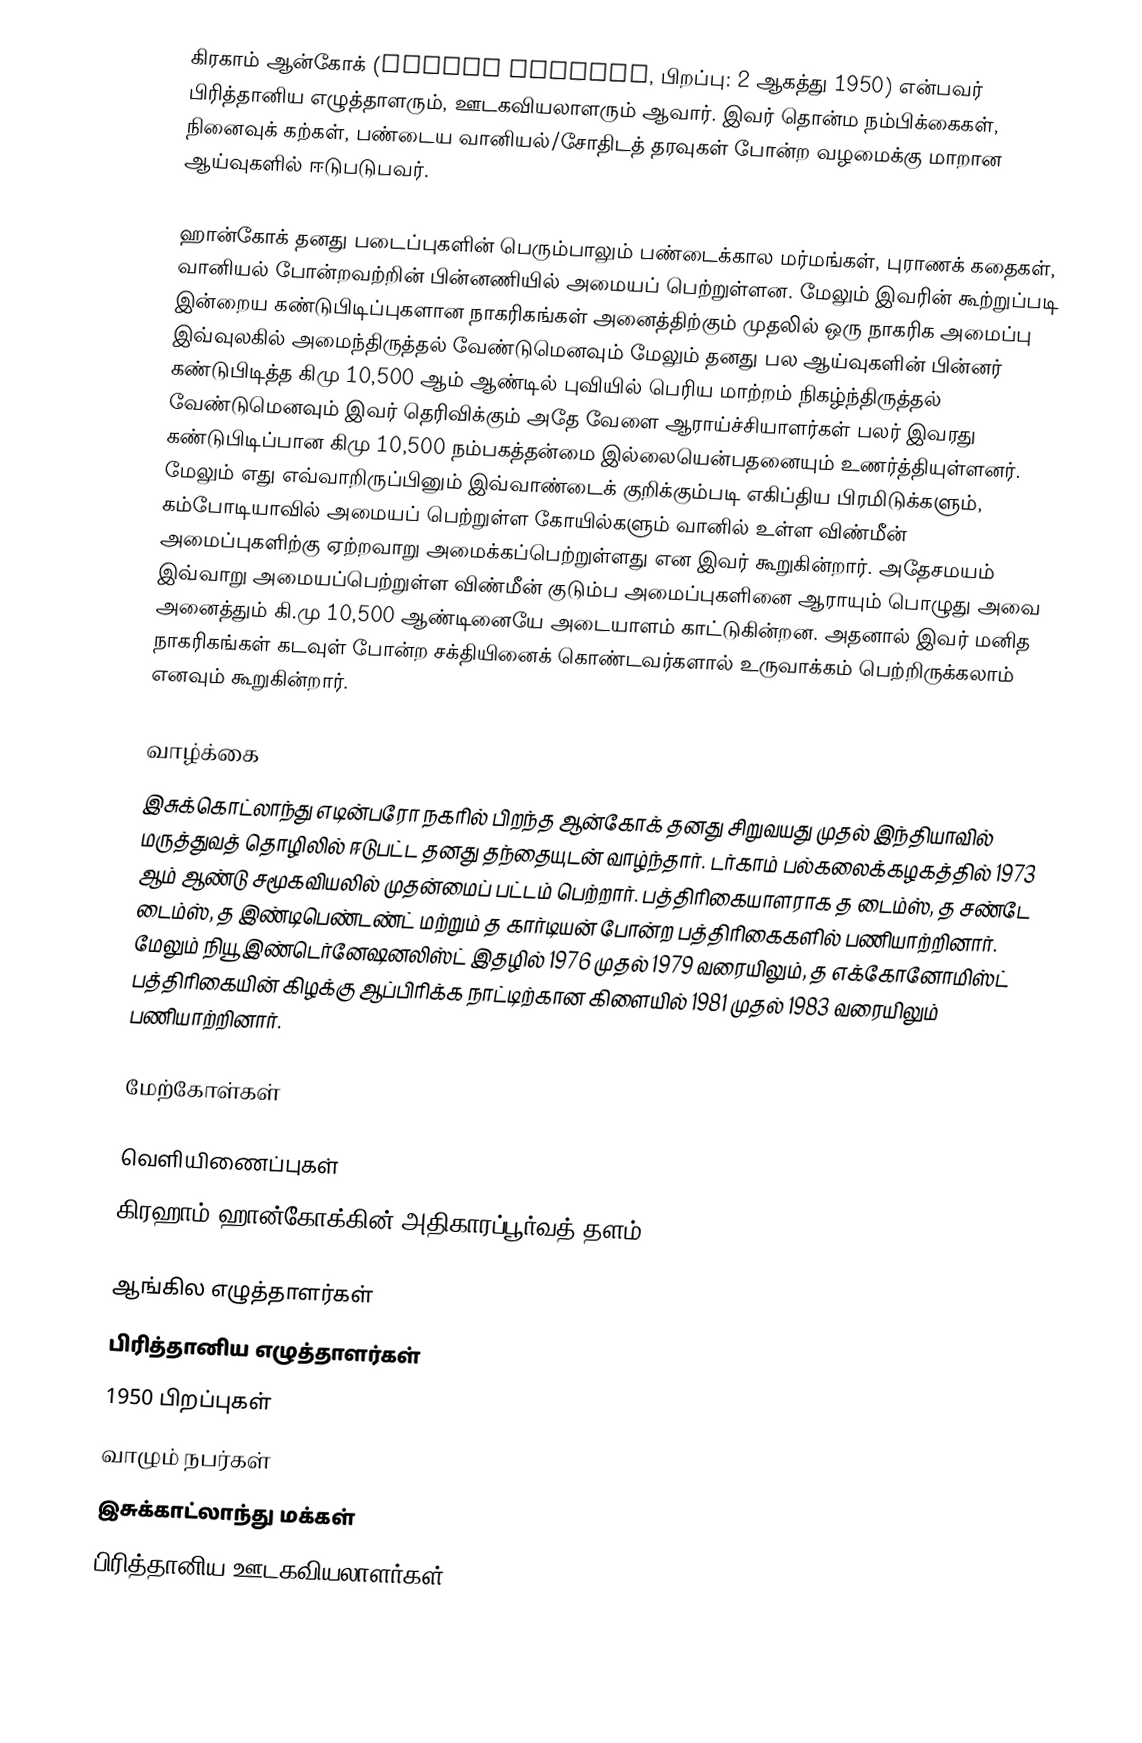
கிரகாம் ஆன்கோக் (Graham Hancock, பிறப்பு: 2 ஆகத்து 1950) என்பவர் பிரித்தானிய எழுத்தாளரும், ஊடகவியலாளரும் ஆவார். இவர் தொன்ம நம்பிக்கைகள், நினைவுக் கற்கள், பண்டைய வானியல்/சோதிடத் தரவுகள் போன்ற வழமைக்கு மாறான ஆய்வுகளில் ஈடுபடுபவர்.

ஹான்கோக் தனது படைப்புகளின் பெரும்பாலும் பண்டைக்கால மர்மங்கள், புராணக் கதைகள், வானியல் போன்றவற்றின் பின்னணியில் அமையப் பெற்றுள்ளன. மேலும் இவரின் கூற்றுப்படி இன்றைய  கண்டுபிடிப்புகளான நாகரிகங்கள் அனைத்திற்கும் முதலில் ஒரு நாகரிக அமைப்பு இவ்வுலகில் அமைந்திருத்தல் வேண்டுமெனவும் மேலும் தனது பல ஆய்வுகளின் பின்னர் கண்டுபிடித்த கிமு 10,500 ஆம் ஆண்டில் புவியில் பெரிய மாற்றம் நிகழ்ந்திருத்தல் வேண்டுமெனவும் இவர் தெரிவிக்கும் அதே வேளை ஆராய்ச்சியாளர்கள் பலர் இவரது கண்டுபிடிப்பான கிமு 10,500 நம்பகத்தன்மை இல்லையென்பதனையும் உணர்த்தியுள்ளனர். மேலும் எது எவ்வாறிருப்பினும் இவ்வாண்டைக் குறிக்கும்படி எகிப்திய பிரமிடுக்களும், கம்போடியாவில் அமையப் பெற்றுள்ள கோயில்களும் வானில் உள்ள விண்மீன் அமைப்புகளிற்கு ஏற்றவாறு அமைக்கப்பெற்றுள்ளது என இவர் கூறுகின்றார். அதேசமயம் இவ்வாறு அமையப்பெற்றுள்ள விண்மீன் குடும்ப அமைப்புகளினை ஆராயும் பொழுது அவை அனைத்தும் கி.மு 10,500 ஆண்டினையே அடையாளம் காட்டுகின்றன. அதனால் இவர் மனித நாகரிகங்கள் கடவுள் போன்ற சக்தியினைக் கொண்டவர்களால் உருவாக்கம் பெற்றிருக்கலாம் எனவும் கூறுகின்றார்.

வாழ்க்கை
இசுக்கொட்லாந்து எடின்பரோ நகரில் பிறந்த ஆன்கோக் தனது சிறுவயது முதல் இந்தியாவில் மருத்துவத் தொழிலில் ஈடுபட்ட தனது தந்தையுடன் வாழ்ந்தார். டர்காம் பல்கலைக்கழகத்தில் 1973 ஆம் ஆண்டு சமூகவியலில் முதன்மைப் பட்டம் பெற்றார். பத்திரிகையாளராக த டைம்ஸ், த சண்டே டைம்ஸ், த இண்டிபெண்டண்ட் மற்றும் த கார்டியன் போன்ற பத்திரிகைகளில் பணியாற்றினார். மேலும் நியூ இண்டெர்னேஷனலிஸ்ட் இதழில் 1976 முதல் 1979 வரையிலும், த எக்கோனோமிஸ்ட் பத்திரிகையின் கிழக்கு ஆப்பிரிக்க நாட்டிற்கான கிளையில் 1981 முதல் 1983 வரையிலும் பணியாற்றினார்.

மேற்கோள்கள்

வெளியிணைப்புகள்
 கிரஹாம் ஹான்கோக்கின் அதிகாரப்பூர்வத் தளம்

ஆங்கில எழுத்தாளர்கள்
பிரித்தானிய எழுத்தாளர்கள்
1950 பிறப்புகள்
வாழும் நபர்கள்
இசுக்காட்லாந்து மக்கள்
பிரித்தானிய ஊடகவியலாளர்கள்